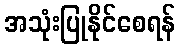
အသုံးပြုနိုင်စေရန်